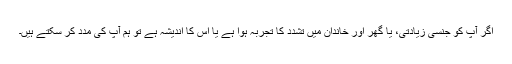
اگر آپ کو جنسی زیادتی، یا گھر اور خاندان میں تشدد کا تجربہ ہوا ہے یا اس کا اندیشہ ہے تو ہم آپ کی مدد کر سکتے ہیں۔